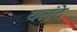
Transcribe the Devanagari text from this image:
यलंदे